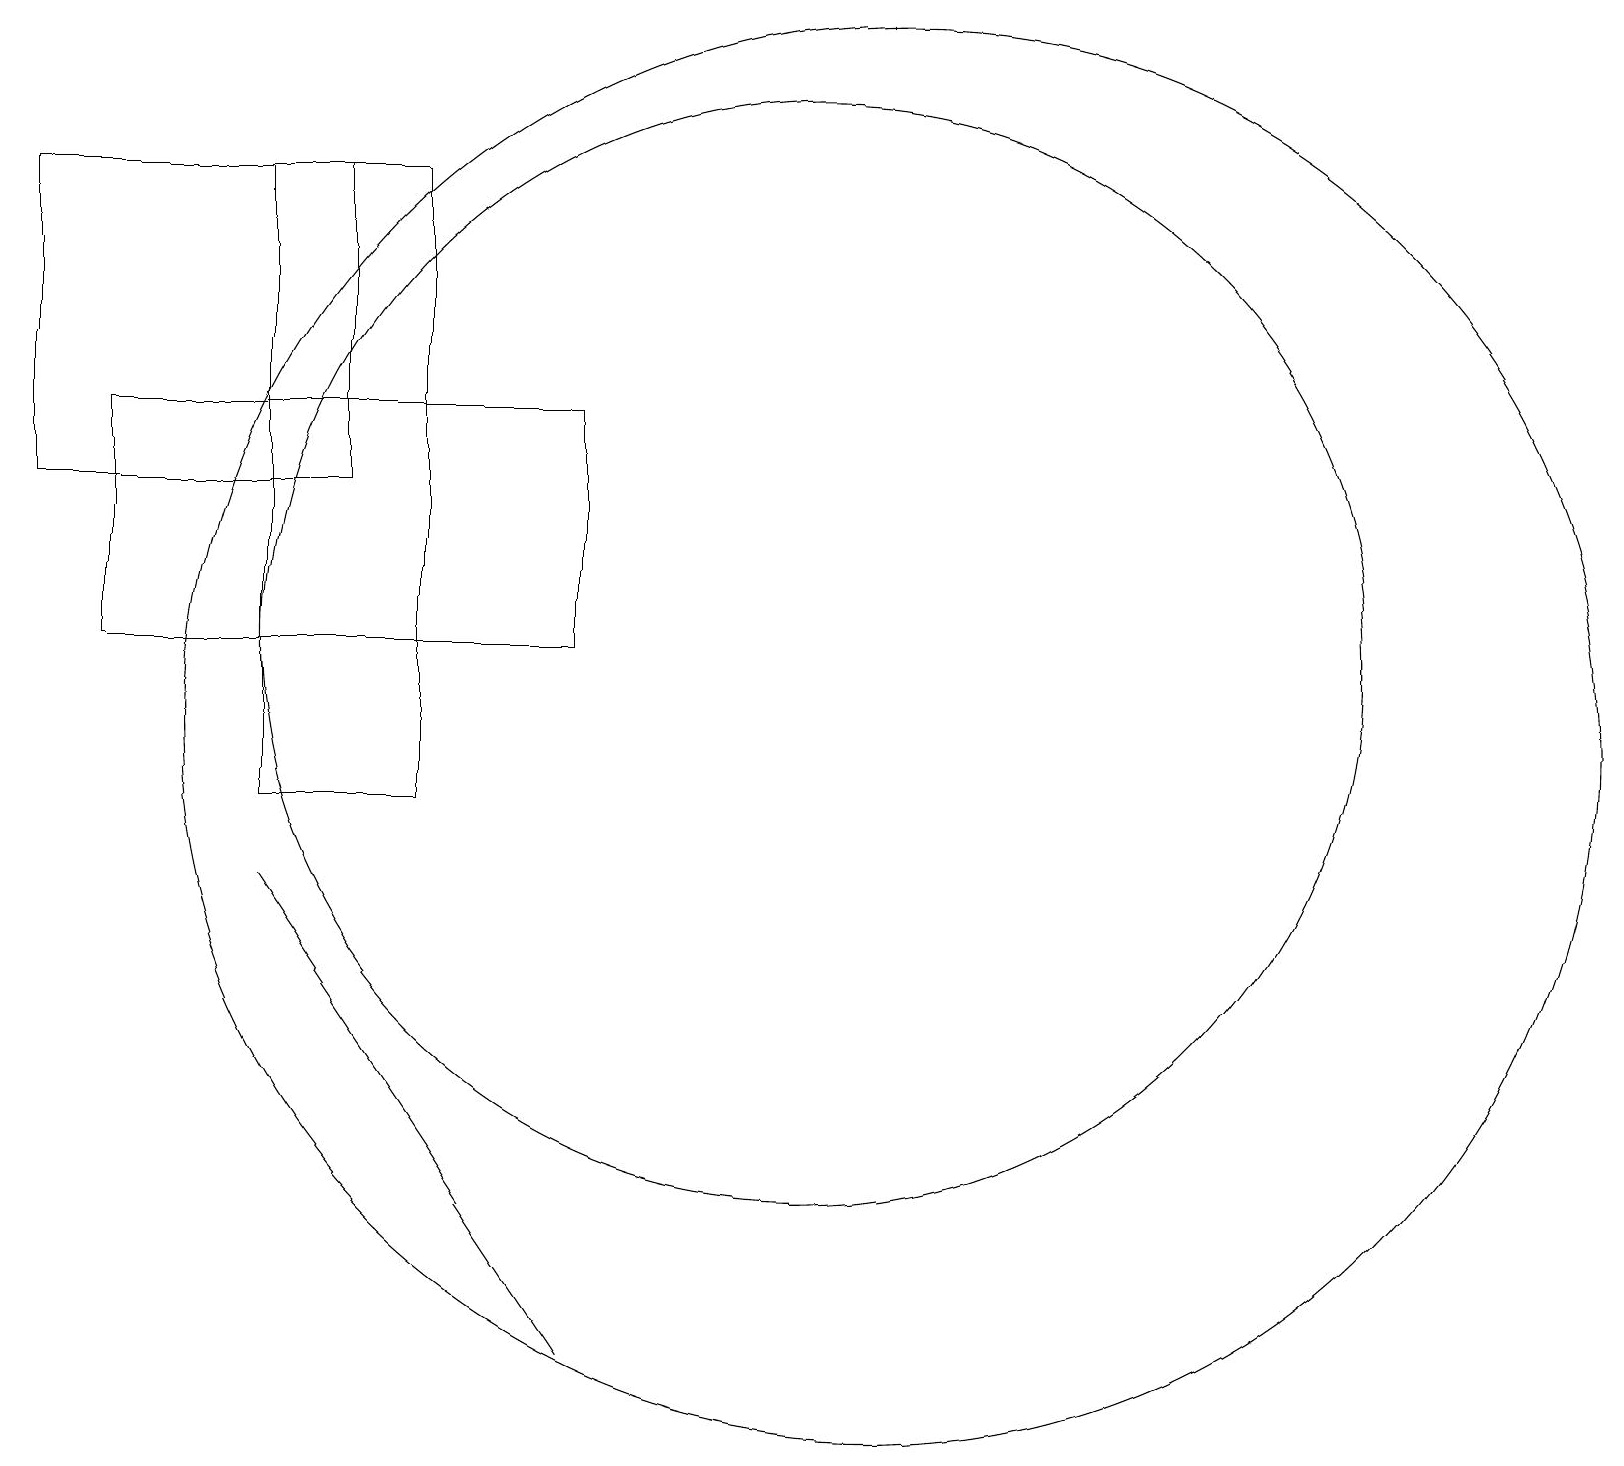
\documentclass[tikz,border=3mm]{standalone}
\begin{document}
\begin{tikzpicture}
\draw (4,9) -- (4,9) -- (8,3) -- cycle;
\draw (8,15) rectangle (2,12);
\draw (12,11) circle (9);
\draw (5,18) rectangle (1,14);
\draw (11,12) circle (7);
\draw (6,10) rectangle (4,18);
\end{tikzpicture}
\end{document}